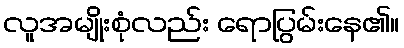
လူအမျိုးစုံလည်း ရောပြွမ်းနေ၏။